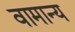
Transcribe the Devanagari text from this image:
वामान्य